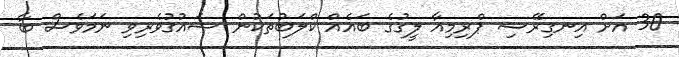
30 އަށް އިނގިރޭސި ޕްރިމިއާ ލީގުގެ ބައެއް ކްލަބުތަކުން ޝައުގުވެރިވި ނަމަވެސް ބާ